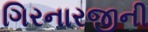
ગિરનારજીની